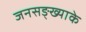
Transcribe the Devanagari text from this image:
जनसङ्ख्याके